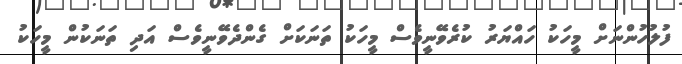
ފުލުހުންނަށް މީހަކު ހައްޔަރު ކުރެވޭނީވެސް މީހަކު ތަނަކަށް ގެންދެވޭނީވެސް އަދި ތަނަކުން މީހަކު